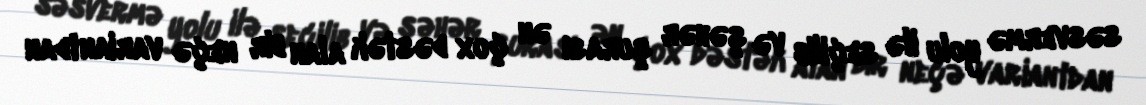
səsvermə yolu ilə seçilib və şəhər şurası ən çox dəstək alan bir neçə variantdan